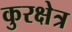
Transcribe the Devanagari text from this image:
कुरक्षेत्र